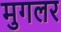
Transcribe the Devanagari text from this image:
मुगलर